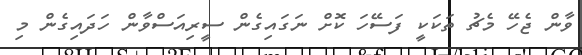
ވާން ޖެހޭ މެޗު ތަކަކީ ފަސޭހަ ކޮށް ނަގައިގެން ސީރިއަސްވާން ހަދައިގެން މި